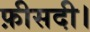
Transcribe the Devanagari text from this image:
फ़ीसदी।